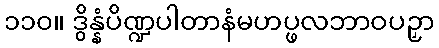
၁၁၀။ ဒွိန္နံပိဏ္ဍပါတာနံမဟပ္ဖလဘာဝပဉှာ